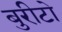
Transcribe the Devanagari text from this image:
बुरीटो